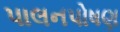
પાલનપોષણ